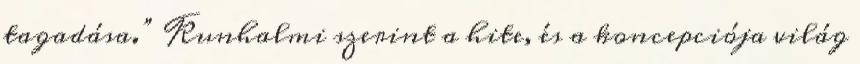
tagadása.” Kunhalmi szerint a hite, és a koncepciója világ